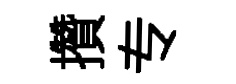
攢专